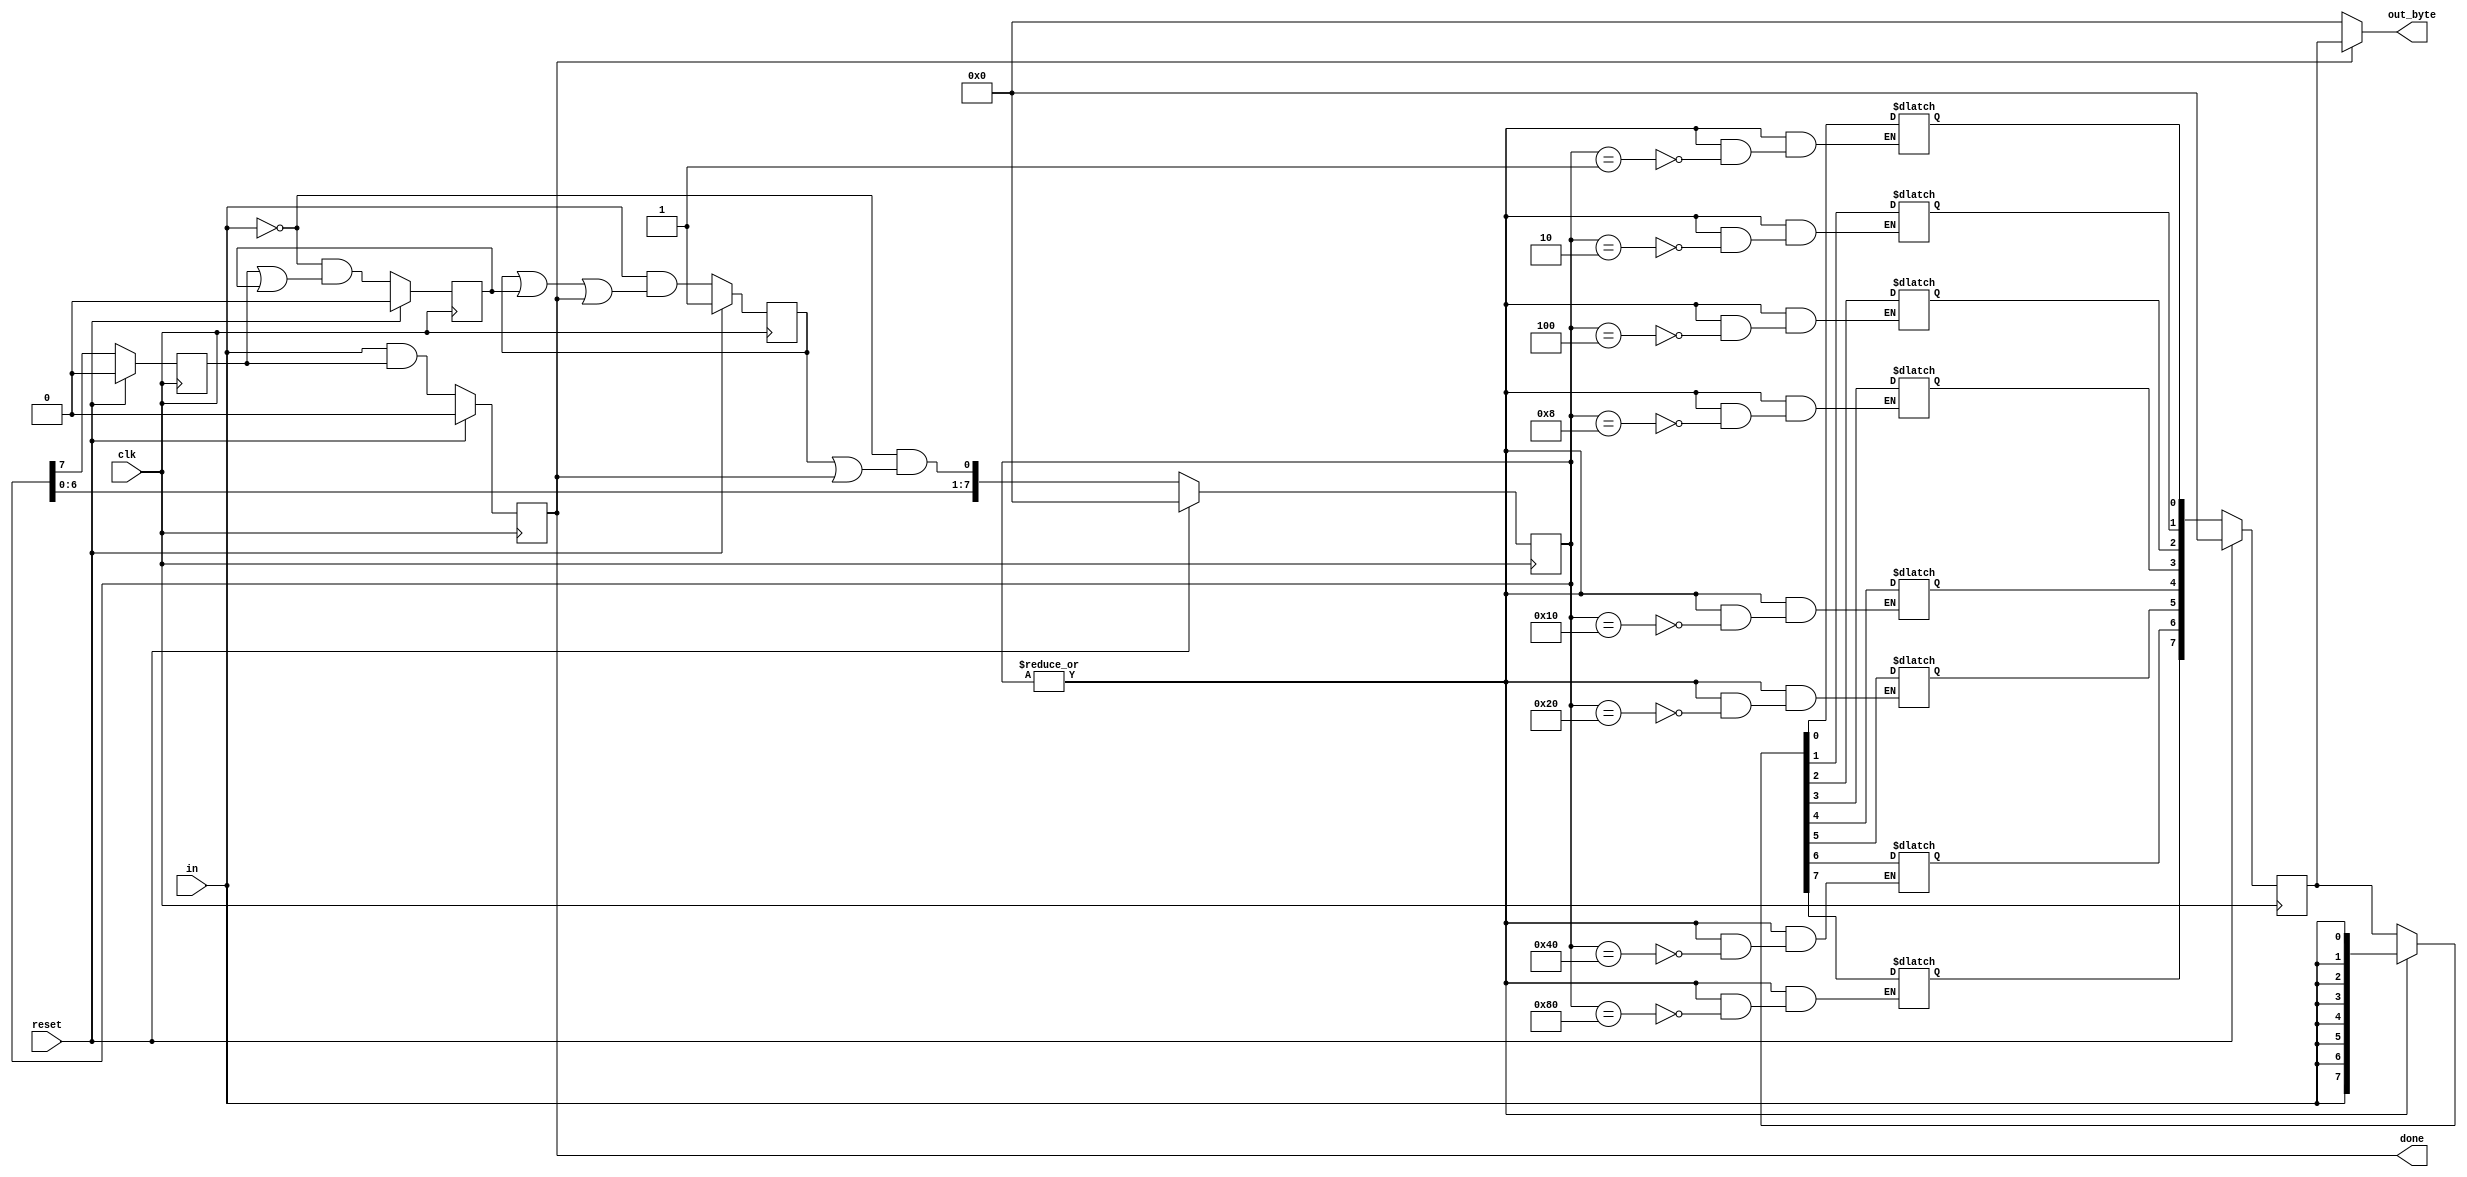
module top_module(
    input clk,
    input in,
    input reset,    // Synchronous reset
    output [7:0] out_byte,
    output done
); //

    // Use FSM from Fsm_serial
    reg [8:1] count, data;
    reg ready, start_data, end_data;
    wire [8:1] n_count, n_data;
    wire n_ready, n_start, n_done;

    always @(*) begin
        n_start = in & (start_data | ready | done);
        begin
            n_count[1] = (~in) & (start_data | done);
            n_count[8:2] = count[7:1];
        end
        n_ready = (~in) & (end_data | ready);
        n_done = (in & end_data);
        if(|count) begin
            case (count)
                8'b0000_0001: n_data[1] = in;
                8'b0000_0010: n_data[2] = in;
                8'b0000_0100: n_data[3] = in;
                8'b0000_1000: n_data[4] = in;
                8'b0001_0000: n_data[5] = in;
                8'b0010_0000: n_data[6] = in;
                8'b0100_0000: n_data[7] = in;
                8'b1000_0000: n_data[8] = in;
            endcase
        end
        else n_data = data;
    end

    always @(posedge clk) begin
        if(reset) begin
            start_data <= 1;
            count <= 0;
            end_data <= 0;
            ready <= 0;
            done <= 0;
            data <= 0;
        end 
        else begin
            start_data <= n_start;
            count <= n_count;
            end_data <= count[8];
            ready <= n_ready;
            done <= n_done;
            data <= n_data;
        end
    end

    assign out_byte = (done) ? data : 0;

endmodule